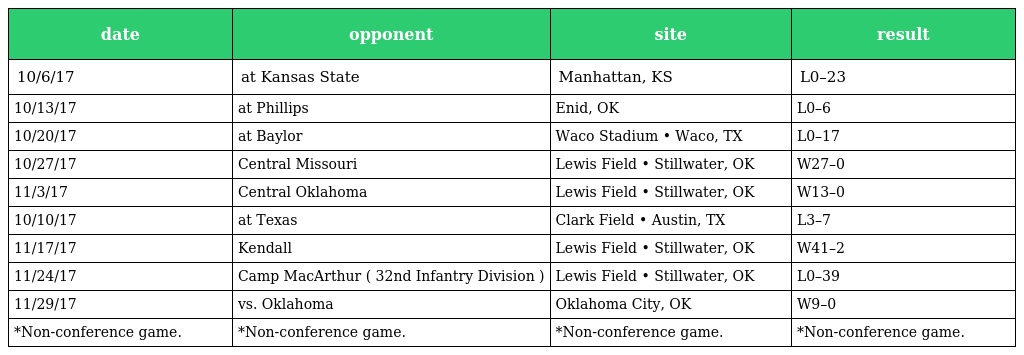
| date | opponent | site | result |
 | --- | --- | --- | --- |
 | 10/6/17 | at Kansas State | Manhattan, KS | L0–23 |
 | 10/13/17 | at Phillips | Enid, OK | L0–6 |
 | 10/20/17 | at Baylor | Waco Stadium • Waco, TX | L0–17 |
 | 10/27/17 | Central Missouri | Lewis Field • Stillwater, OK | W27–0 |
 | 11/3/17 | Central Oklahoma | Lewis Field • Stillwater, OK | W13–0 |
 | 10/10/17 | at Texas | Clark Field • Austin, TX | L3–7 |
 | 11/17/17 | Kendall | Lewis Field • Stillwater, OK | W41–2 |
 | 11/24/17 | Camp MacArthur ( 32nd Infantry Division ) | Lewis Field • Stillwater, OK | L0–39 |
 | 11/29/17 | vs. Oklahoma | Oklahoma City, OK | W9–0 |
 | *Non-conference game. | *Non-conference game. | *Non-conference game. | *Non-conference game. |